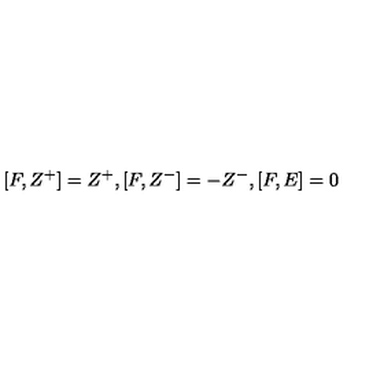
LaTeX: [ F , Z ^ { + } ] = Z ^ { + } , [ F , Z ^ { - } ] = - Z ^ { - } , [ F , E ] = 0